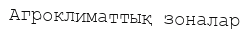
Агроклиматтық зоналар